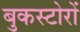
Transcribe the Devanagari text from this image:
बुकस्टोरों